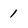
Character: 1